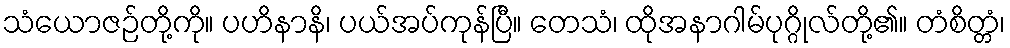
သံယောဇဉ်တို့ကို။ ပဟိနာနိ၊ ပယ်အပ်ကုန်ပြီ။ တေသံ၊ ထိုအနာဂါမ်ပုဂ္ဂိုလ်တို့၏။ တံစိတ္တံ၊